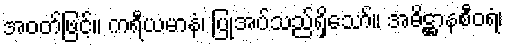
အဝတ်ဖြင့်။ ကရီယမာနံ၊ ပြုအပ်သည်ရှိသော်။ အဓိဋ္ဌာနစီဝရံ၊